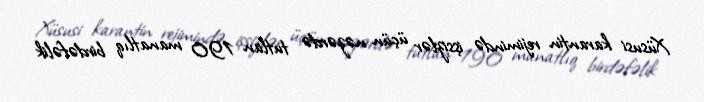
Xüsusi karantin rejimində işsizlər üçün nəzərdə tutlan 190 manatlıq birdəfəlik